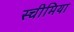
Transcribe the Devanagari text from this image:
स्चीमिया